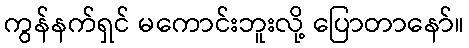
ကွန်နက်ရှင် မကောင်းဘူးလို့ ပြောတာနော်။